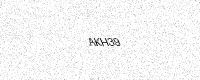
Text: AKH39